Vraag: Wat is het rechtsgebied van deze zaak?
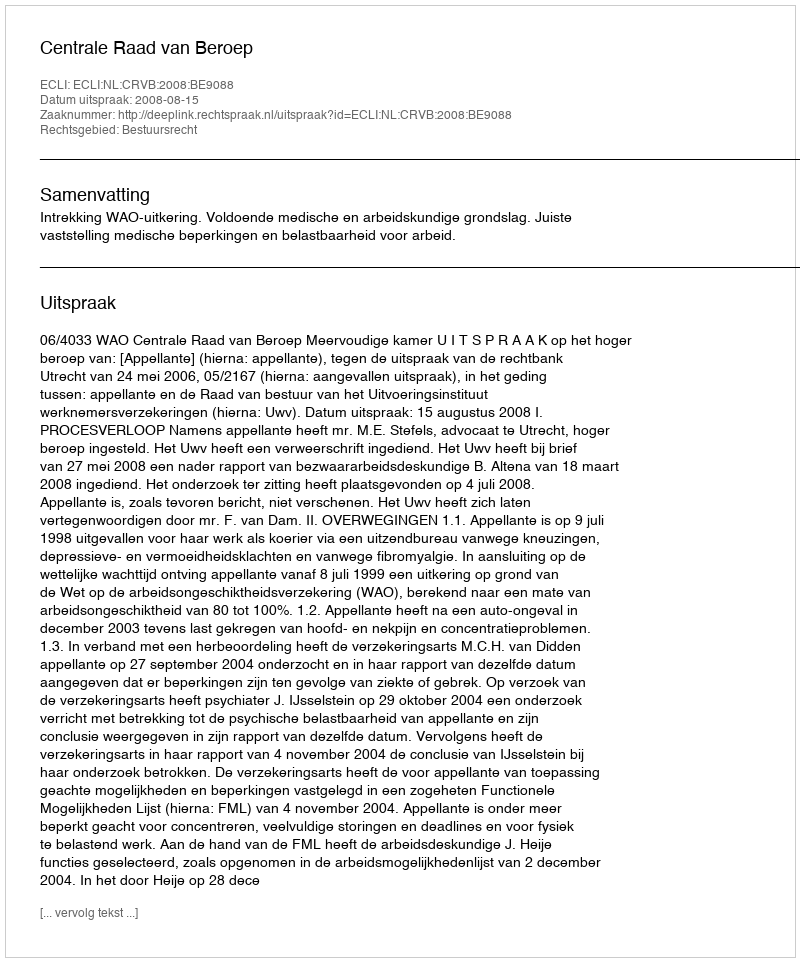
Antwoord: Bestuursrecht